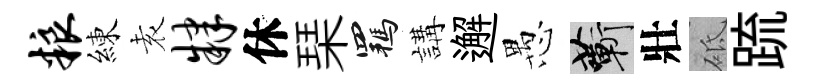
粮練𡊮肄休琹羈講邂愚蔪壯砥䟽